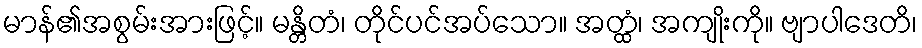
မာန်၏အစွမ်းအားဖြင့်။ မန္တိတံ၊ တိုင်ပင်အပ်သော။ အတ္ထံ၊ အကျိုးကို။ ဗျာပါဒေတိ၊